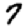
Digit: 7